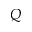
Q